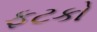
ફટકો